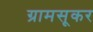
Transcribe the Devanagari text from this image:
ग्रामसूकर